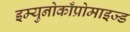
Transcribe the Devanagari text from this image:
इम्युनोकाँप्रोमाइज्ड